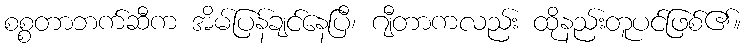
စစ္စတာဘက်ဆီက အိမ်ပြန်ချင်နေပြီ၊ ဂျီတာကလည်း ထိုနည်းတူပင်ဖြစ်၏။